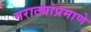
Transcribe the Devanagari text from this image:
मराठ्यांप्रमाणे